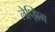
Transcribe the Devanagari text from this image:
लेप्झिग